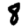
Digit: 8